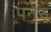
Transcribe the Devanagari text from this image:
पनेरु